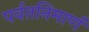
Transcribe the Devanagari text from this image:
पर्वतनिमार्ण